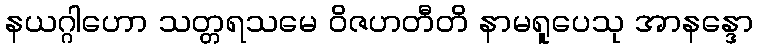
နယဂ္ဂါဟော သတ္တရသမေ ဝိဇဟတီတိ နာမရူပေသု အာနန္ဒော